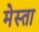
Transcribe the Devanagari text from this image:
मेस्ता